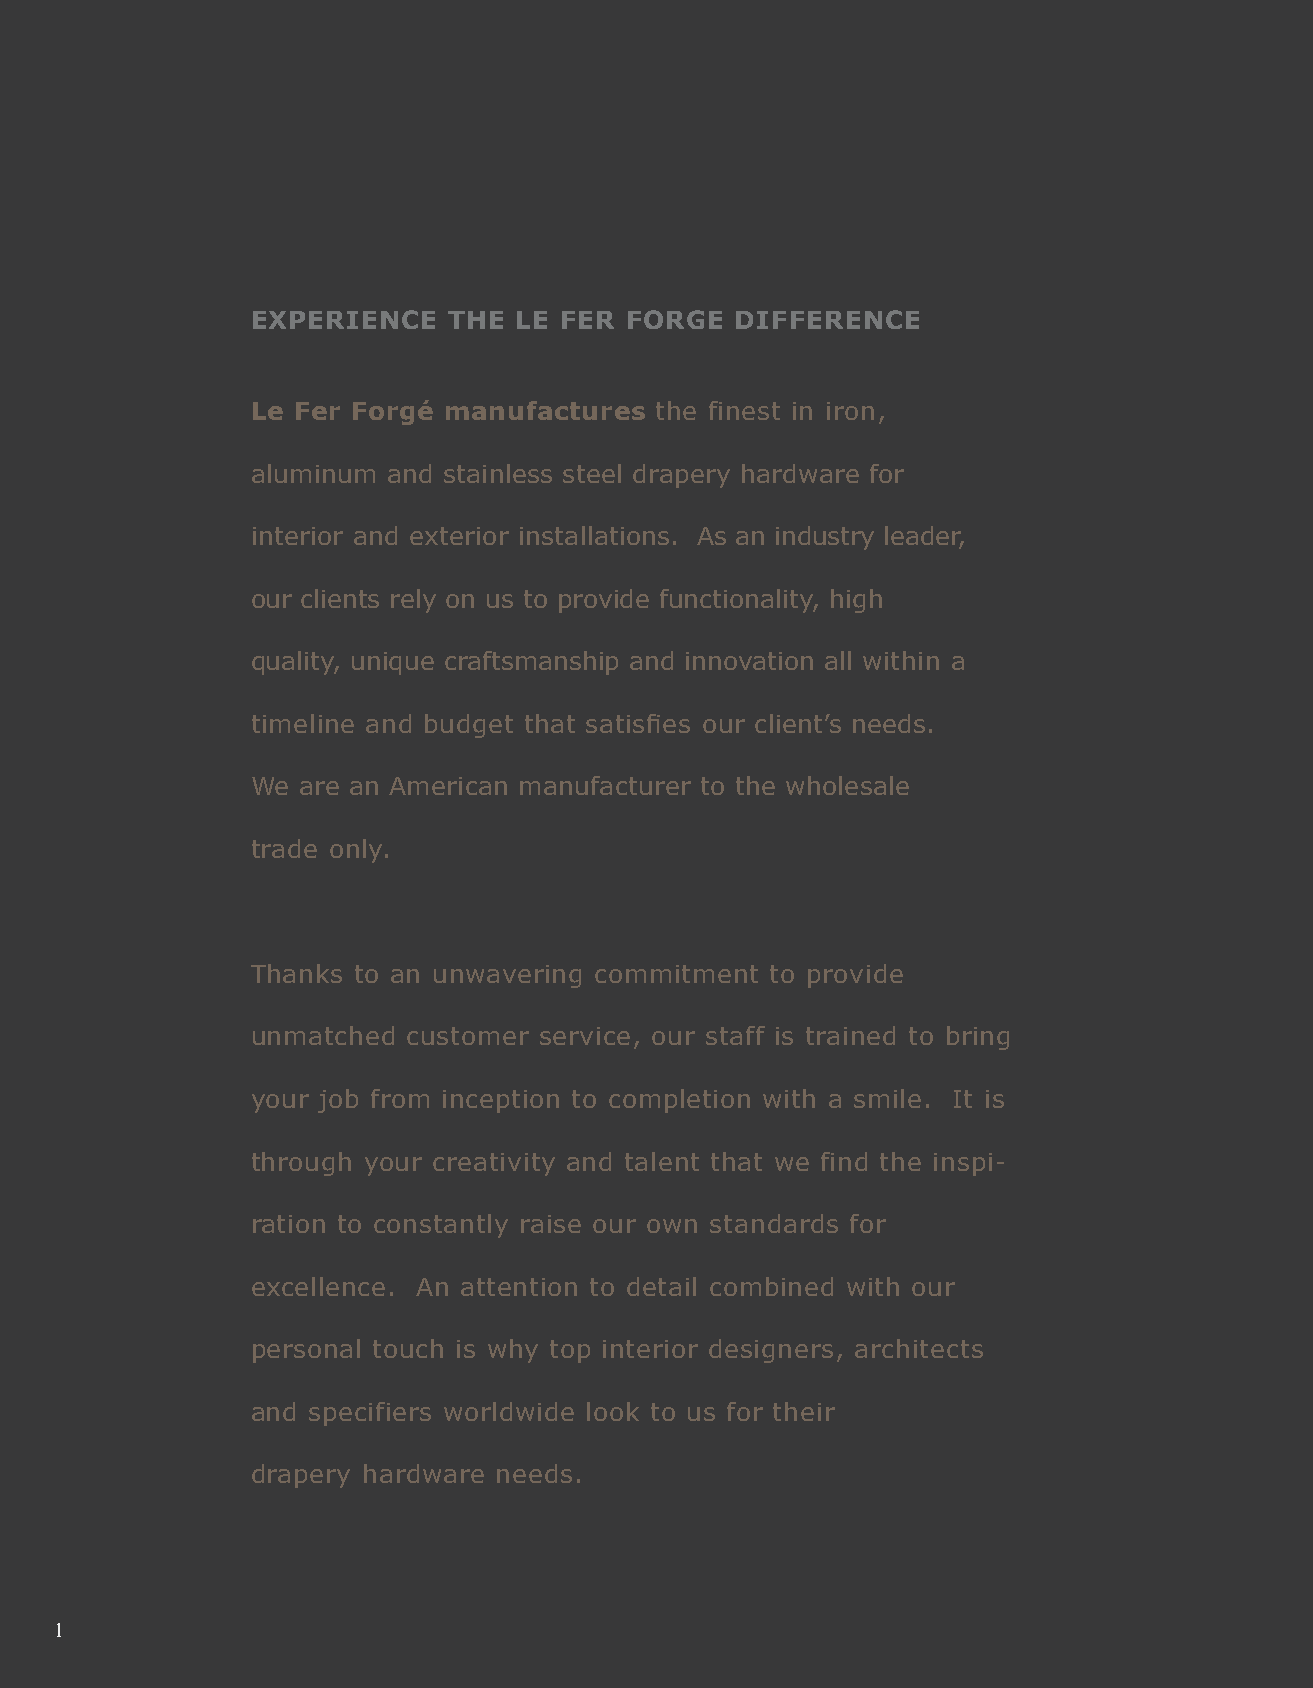
EXPERIENCE   THE LE FER FORGE   DIFFERENCE
 Le Fer Forgé manufactures the finest in iron,
 aluminum and stainless steel drapery hardware for
 interior and exterior installations. As an industry leader,
 our clients rely on us to provide functionality, high
 quality, unique craftsmanship and innovation all within a
 timeline and budget that satisfies our client’s needs.
 We are an American manufacturer to the wholesale
 trade only.
 Thanks to an unwavering commitment to provide
 unmatched customer service, our staff is trained to bring
 your job from inception to completion with a smile. It is
 through your creativity and talent that we find the inspi-
 ration to constantly raise our own standards for
 excellence. An attention to detail combined with our
 personal touch is why top interior designers, architects
 and specifiers worldwide look to us for their
 drapery hardware needs.
 2
 1